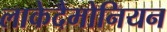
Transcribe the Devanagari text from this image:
लाकेदैमोनियन